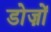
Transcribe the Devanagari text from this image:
डोज़ों